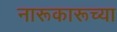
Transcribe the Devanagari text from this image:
नारूकारूच्या